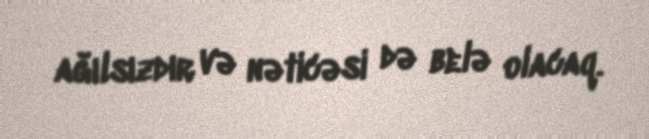
ağılsızdır və nəticəsi də belə olacaq.